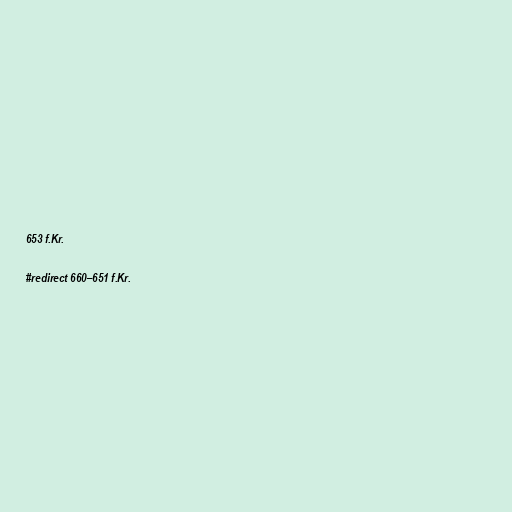
653 f.Kr.

#redirect 660–651 f.Kr.